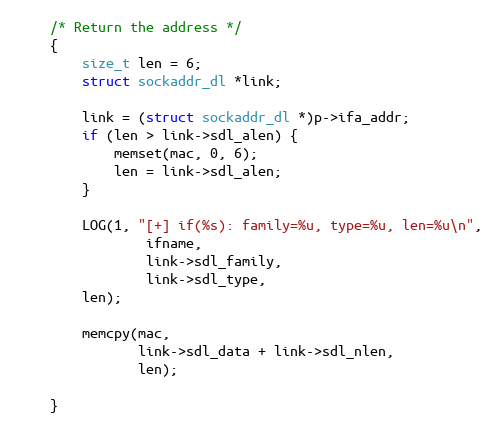
Language: C
    /* Return the address */
    {
        size_t len = 6;
        struct sockaddr_dl *link;

        link = (struct sockaddr_dl *)p->ifa_addr;
        if (len > link->sdl_alen) {
            memset(mac, 0, 6);
            len = link->sdl_alen;
        }

        LOG(1, "[+] if(%s): family=%u, type=%u, len=%u\n",
                ifname,
                link->sdl_family,
                link->sdl_type,
		len);

        memcpy(mac,
               link->sdl_data + link->sdl_nlen,
               len);

    }